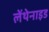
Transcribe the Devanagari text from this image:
लेंथेनाइड